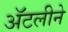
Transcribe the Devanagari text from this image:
अॅटलीने